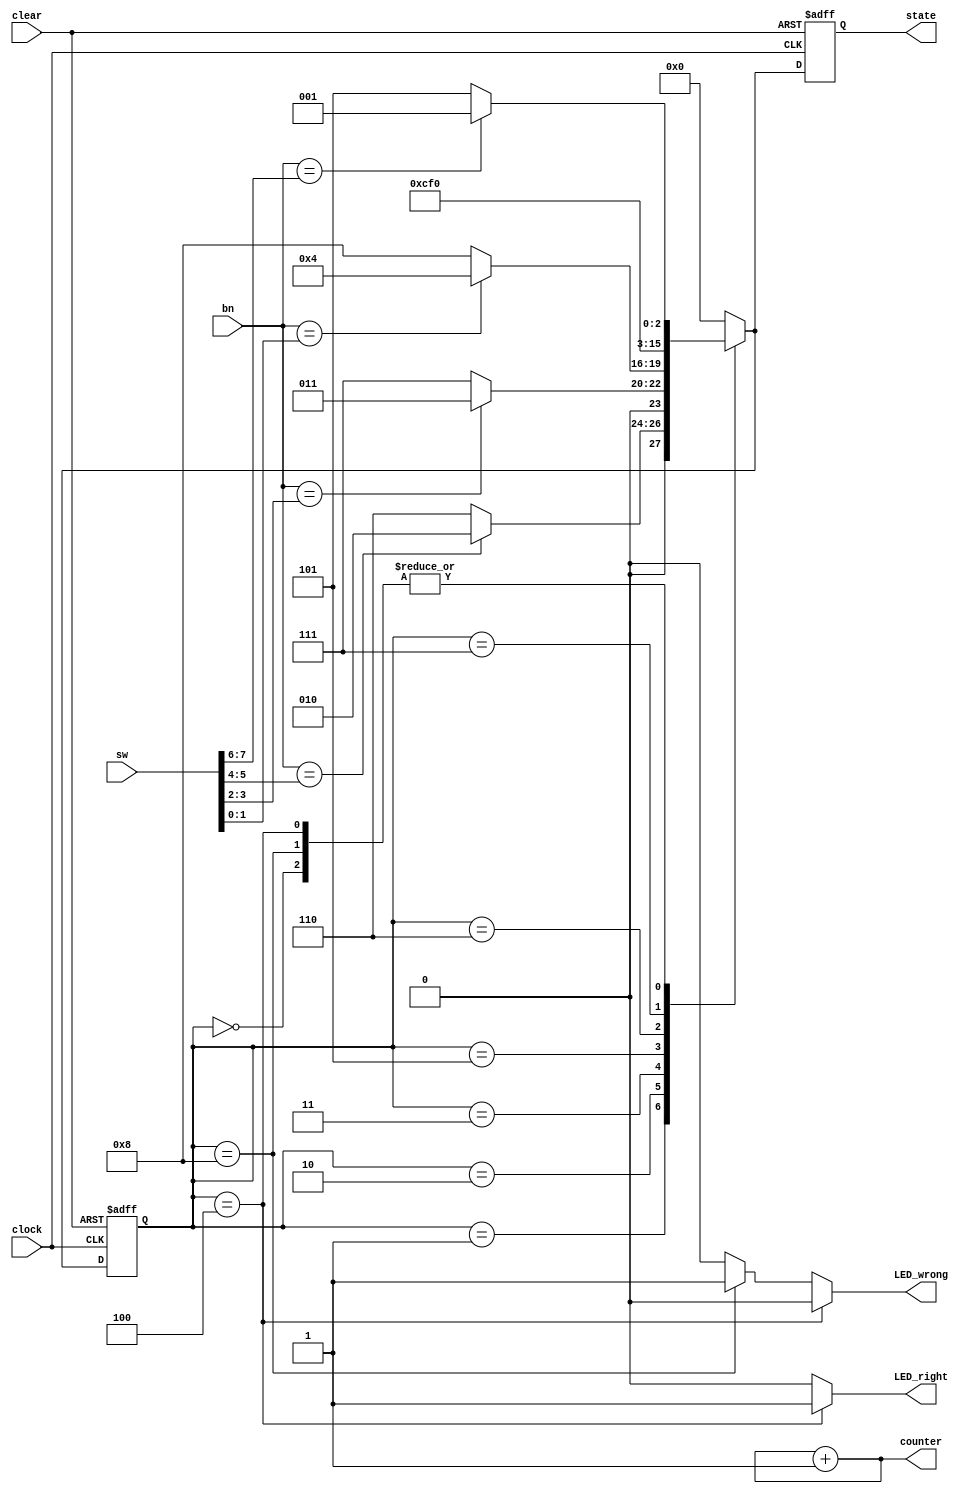
module FSM_Door(
		input clock,
		input clear,
		input [2:1] bn,
	    input [7:0] sw,
		output reg [1:0] counter,
		output reg LED_right,
		output reg LED_wrong,
		output reg [3:0] state
    );
    
    reg [3:0] present_state, next_state;
    
    parameter s0 = 4'b0000, s1 = 4'b0001, s2 = 4'b0010, s3 = 4'b0011, s4 = 4'b0100, e1 = 4'b0101, e2 = 4'b0110, e3 = 4'b0111, e4 = 4'b1000;
    

    always @(posedge clock or posedge clear)

    begin
    	if (clear == 1)

    	begin
    		present_state <= s0;
    		state <= s0;
    	end

    	else

    	begin
    		present_state <= next_state;
    		state <= next_state;
    	end

    end
        
    always @ (*)

    begin

    	case (present_state)
    		s0 : if ( bn == sw[7:6] )
    				next_state <= s1;
    			 else
    			 	next_state <= e1;
    		s1 : if ( bn == sw[5:4] )
    				next_state <= s2;
    			 else
    			 	next_state <= e2;
    		s2 : if ( bn == sw[3:2] )
    				next_state <= s3;
    			 else
    			 	next_state <= e3;
    		s3 : if ( bn == sw[1:0] )
    				next_state <= s4;
    			 else
    			 	next_state <= e4;
    		s4 : if ( bn == sw[7:6] )
    				next_state <= s1;
    			 else
    			 	next_state <= e1;

    		e1 : next_state <= e2;
    		e2 : next_state <= e3;
    		e3 : next_state <= e4;
    		e4 : if ( bn == sw[7:6] )
    				next_state <= s1;
    			 else
    			 	next_state <= e1;
    		
    		default : next_state <= s0;
    	endcase
    end
    
    always @ (*)

    begin
    	if (present_state == s4)
    	begin
    		  LED_right <= 1;
    		  LED_wrong <= 0;  
    	end

    	else if (present_state == e4)
    	begin
    		  LED_right <= 0;
    		  LED_wrong <= 1;  
    	end

        else
        begin
    		  LED_right <= 0;
    		  LED_wrong <= 0;        
    	end

    end


    always @ (LED_right)
    begin
    counter <= counter + 1;
    end
   

	
endmodule